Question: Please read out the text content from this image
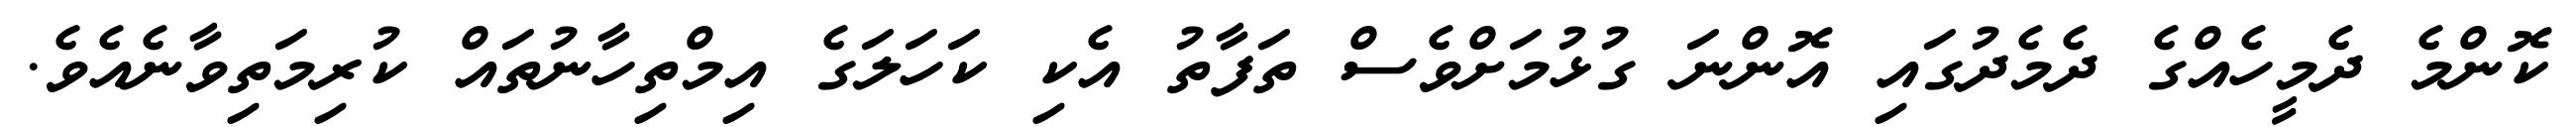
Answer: ކޮންމެ ދެމީހެއްގެ ދެމެދުގައި އޮންނަ ގުޅުމަށްވެސް ތަފާތު އެކި ކަހަލަގެ އިމްތިހާނުތައް ކުރިމަތިވާނެއެވެ.